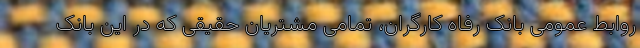
روابط عمومی بانک رفاه کارگران، تمامی مشتریان حقیقی که در این بانک